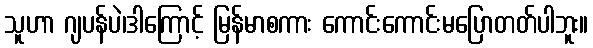
သူဟာ ဂျပန်ပဲ၊ဒါကြောင့် မြန်မာစကား ကောင်းကောင်းမပြောတတ်ပါဘူး။